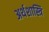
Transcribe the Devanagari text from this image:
अर्थशास्त्रि